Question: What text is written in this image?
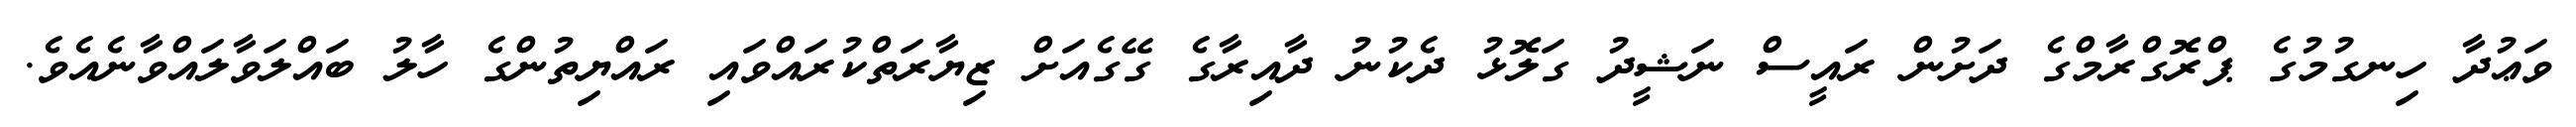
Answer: ވަޢުދާ ހިނގުމުގެ ޕްރޮގްރާމްގެ ދަށުން ރައީސް ނަޝީދު ގަލޮޅު ދެކުނު ދާއިރާގެ ގޭގެއަށް ޒިޔާރަތްކުރައްވައި ރައްޔިތުންގެ ހާލު ބައްލަވާލައްވާނެއެވެ.